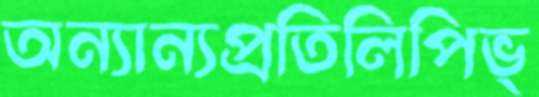
অন্যান্যপ্রতিলিপিভ্